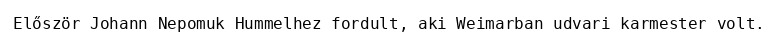
Először Johann Nepomuk Hummelhez fordult, aki Weimarban udvari karmester volt.